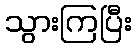
သွားကြပြီး